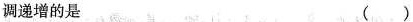
调递增的是 （）